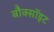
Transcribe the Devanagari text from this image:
बौक्सॉइट